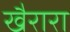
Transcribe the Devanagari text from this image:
खैरारा